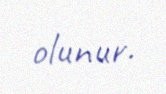
olunur.